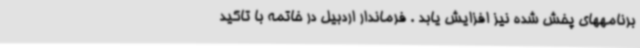
برنامههای پخش شده نیز افزایش یابد . فرماندار اردبیل در خاتمه با تاکید